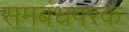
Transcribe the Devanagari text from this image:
समबंधपरक